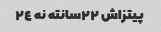
پیتزاش ٢٢سانته نه ٢٤